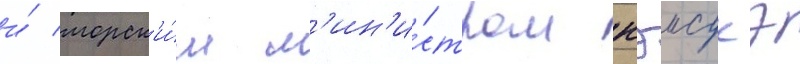
и́ морск'и́м м'ин'и́стром кэисукэ